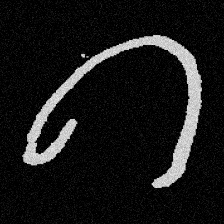
Pyu character \u2014 Myanmar letter: ဂ (romanized: ga)